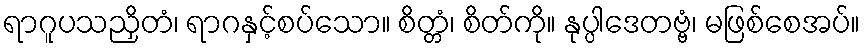
ရာဂူပသညှိတံ၊ ရာဂနှင့်စပ်သော။ စိတ္တံ၊ စိတ်ကို။ နုပ္ပါဒေတဗ္ဗံ၊ မဖြစ်စေအပ်။